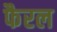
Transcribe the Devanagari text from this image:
फैरल